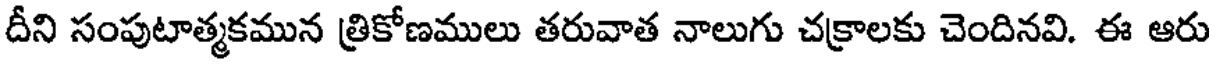
దీని సంపుటాత్మకమున త్రికోణములు తరువాత నాలుగు చక్రాలకు చెందినవి. ఈ ఆరు